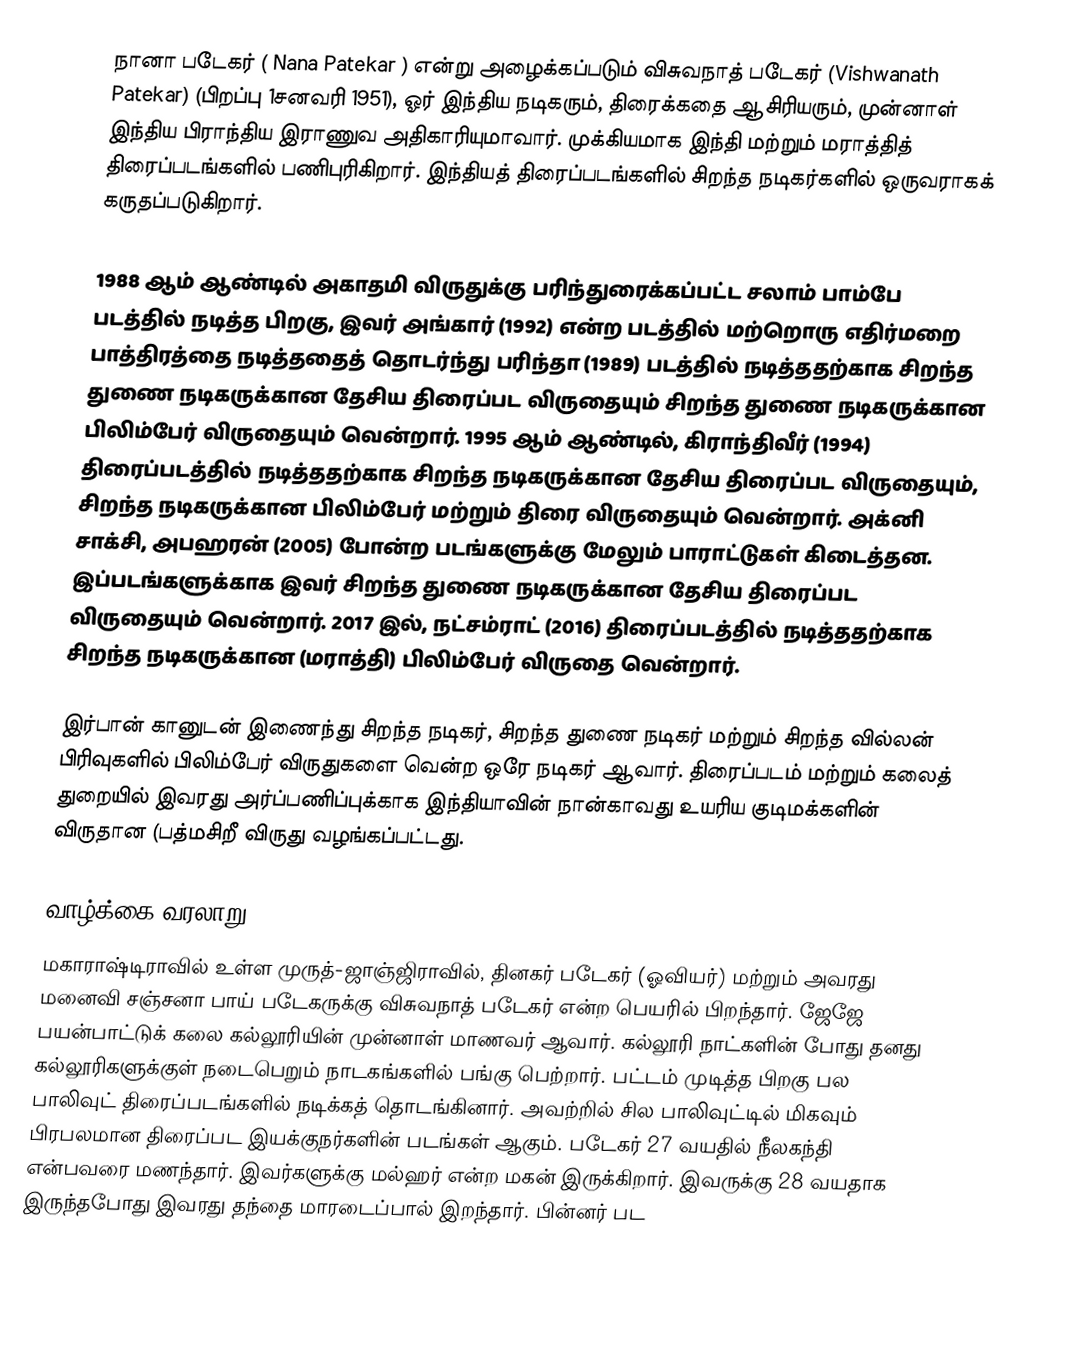
நானா படேகர் ( Nana Patekar ) என்று அழைக்கப்படும் விசுவநாத் படேகர் (Vishwanath Patekar) (பிறப்பு 1சனவரி 1951), ஓர் இந்திய நடிகரும், திரைக்கதை ஆசிரியரும், முன்னாள் இந்திய பிராந்திய இராணுவ அதிகாரியுமாவார். முக்கியமாக இந்தி மற்றும் மராத்தித் திரைப்படங்களில் பணிபுரிகிறார். இந்தியத் திரைப்படங்களில் சிறந்த நடிகர்களில் ஒருவராகக் கருதப்படுகிறார்.

1988 ஆம் ஆண்டில் அகாதமி விருதுக்கு பரிந்துரைக்கப்பட்ட சலாம் பாம்பே படத்தில் நடித்த பிறகு, இவர் அங்கார் (1992) என்ற படத்தில் மற்றொரு எதிர்மறை பாத்திரத்தை நடித்ததைத் தொடர்ந்து பரிந்தா (1989) படத்தில் நடித்ததற்காக சிறந்த துணை நடிகருக்கான தேசிய திரைப்பட விருதையும் சிறந்த துணை நடிகருக்கான பிலிம்பேர் விருதையும் வென்றார். 1995 ஆம் ஆண்டில், கிராந்திவீர் (1994) திரைப்படத்தில் நடித்ததற்காக சிறந்த நடிகருக்கான தேசிய திரைப்பட விருதையும், சிறந்த நடிகருக்கான பிலிம்பேர் மற்றும் திரை விருதையும் வென்றார். அக்னி சாக்சி, அபஹரன் (2005) போன்ற படங்களுக்கு மேலும் பாராட்டுகள் கிடைத்தன. இப்படங்களுக்காக இவர் சிறந்த துணை நடிகருக்கான தேசிய திரைப்பட விருதையும் வென்றார். 2017 இல், நட்சம்ராட் (2016) திரைப்படத்தில் நடித்ததற்காக சிறந்த நடிகருக்கான (மராத்தி) பிலிம்பேர் விருதை வென்றார்.

இர்பான் கானுடன் இணைந்து சிறந்த நடிகர், சிறந்த துணை நடிகர் மற்றும் சிறந்த வில்லன் பிரிவுகளில் பிலிம்பேர் விருதுகளை வென்ற ஒரே நடிகர் ஆவார். திரைப்படம் மற்றும் கலைத் துறையில் இவரது அர்ப்பணிப்புக்காக இந்தியாவின் நான்காவது உயரிய குடிமக்களின் விருதான (பத்மசிறீ விருது வழங்கப்பட்டது.

வாழ்க்கை வரலாறு
மகாராஷ்டிராவில் உள்ள முருத்-ஜாஞ்ஜிராவில், தினகர் படேகர் (ஓவியர்) மற்றும் அவரது மனைவி சஞ்சனா பாய் படேகருக்கு விசுவநாத் படேகர் என்ற பெயரில் பிறந்தார். ஜேஜே பயன்பாட்டுக் கலை கல்லூரியின் முன்னாள் மாணவர் ஆவார். கல்லூரி நாட்களின் போது தனது கல்லூரிகளுக்குள் நடைபெறும் நாடகங்களில் பங்கு பெற்றார். பட்டம் முடித்த பிறகு பல பாலிவுட் திரைப்படங்களில் நடிக்கத் தொடங்கினார். அவற்றில் சில பாலிவுட்டில் மிகவும் பிரபலமான திரைப்பட இயக்குநர்களின் படங்கள் ஆகும். படேகர் 27 வயதில் நீலகந்தி என்பவரை மணந்தார். இவர்களுக்கு மல்ஹர் என்ற மகன் இருக்கிறார். இவருக்கு 28 வயதாக இருந்தபோது இவரது தந்தை மாரடைப்பால் இறந்தார். பின்னர் பட